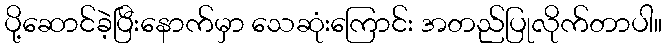
ပို့ဆောင်ခဲ့ပြီးနောက်မှာ သေဆုံးကြောင်း အတည်ပြုလိုက်တာပါ။